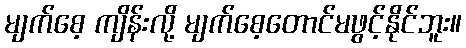
မျက်စေ့ ကျိန်းလို့ မျက်စေ့တောင်မဖွင့်နိုင်ဘူး။